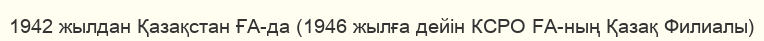
1942 жылдан Қазақстан ҒА-да (1946 жылға дейін КСРО FA-ның Қазақ Филиалы)